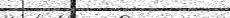
٢٢